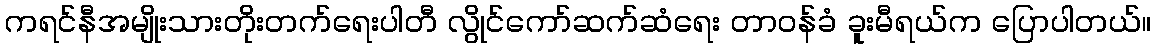
ကရင်နီအမျိုးသားတိုးတက်ရေးပါတီ လွိုင်ကော်ဆက်ဆံရေး တာဝန်ခံ ခူးမီရယ်က ပြောပါတယ်။